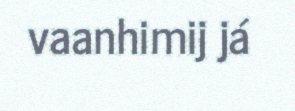
vaanhimij já